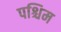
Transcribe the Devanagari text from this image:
पश्चिम